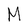
Character: M